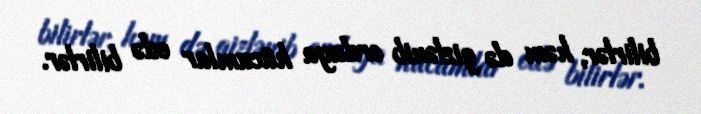
bilirlər, həm də gizlənib orduya hücumlar edə bilirlər.